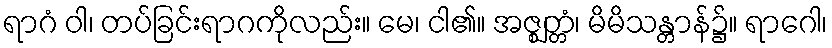
ရာဂံ ဝါ၊ တပ်ခြင်းရာဂကိုလည်း။ မေ၊ ငါ၏။ အဇ္ဈတ္တံ၊ မိမိသန္တာန်၌။ ရာဂေါ၊